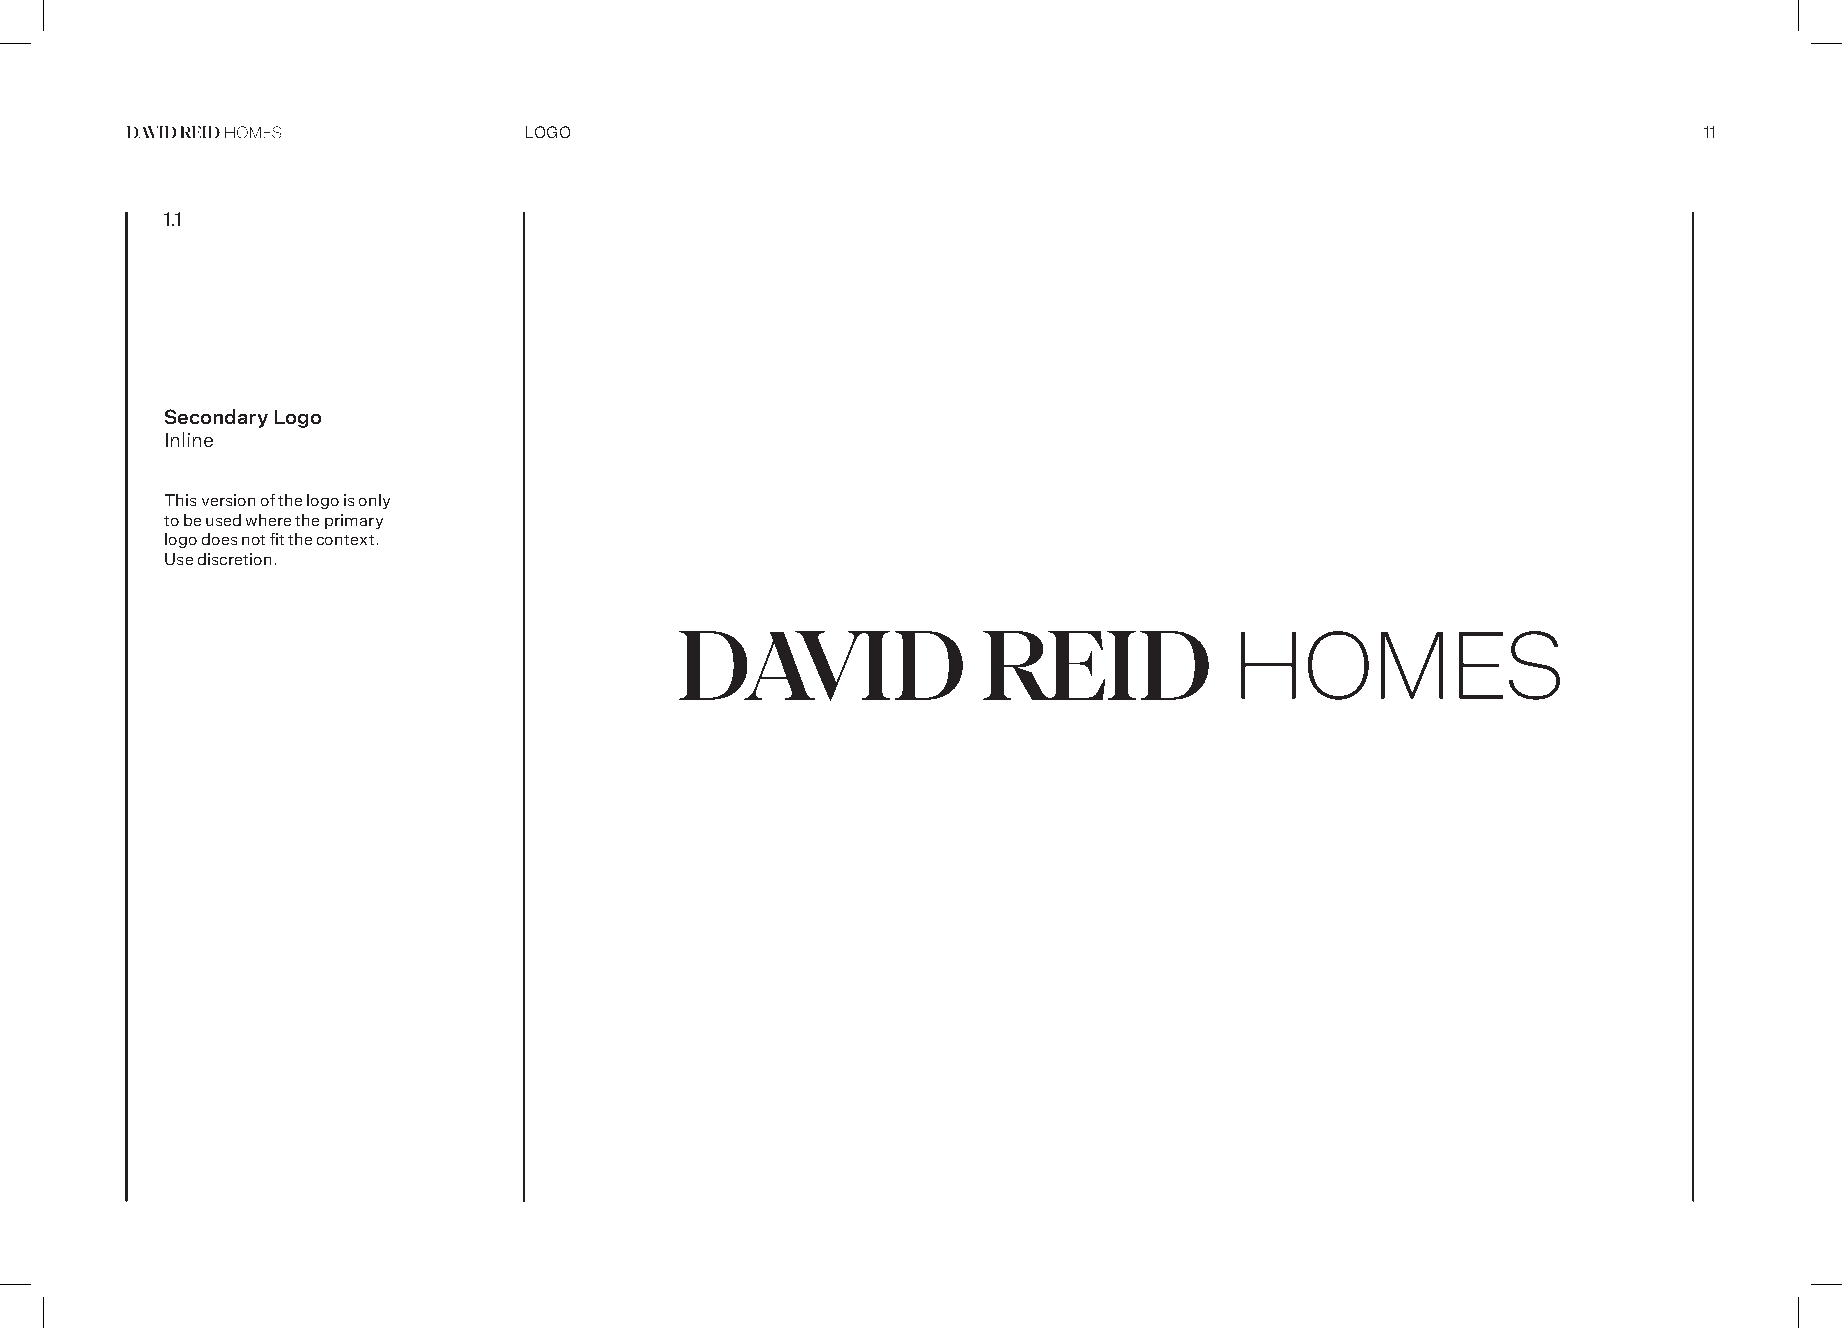
LoGo                                                                          11
 1.1
 Secondary Logo
 inline
 This version of the logo is only
 to be used where the primary
 logo does not fit the context.
 use discretion.